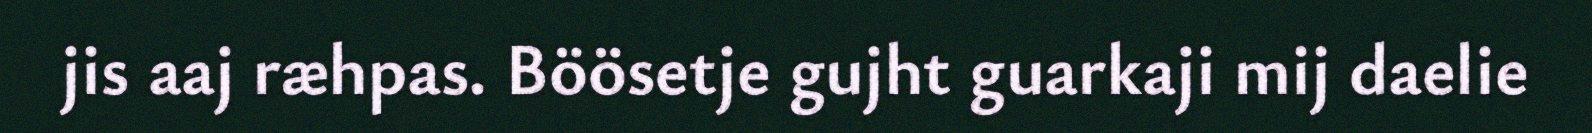
jis aaj ræhpas. Böösetje gujht guarkaji mij daelie